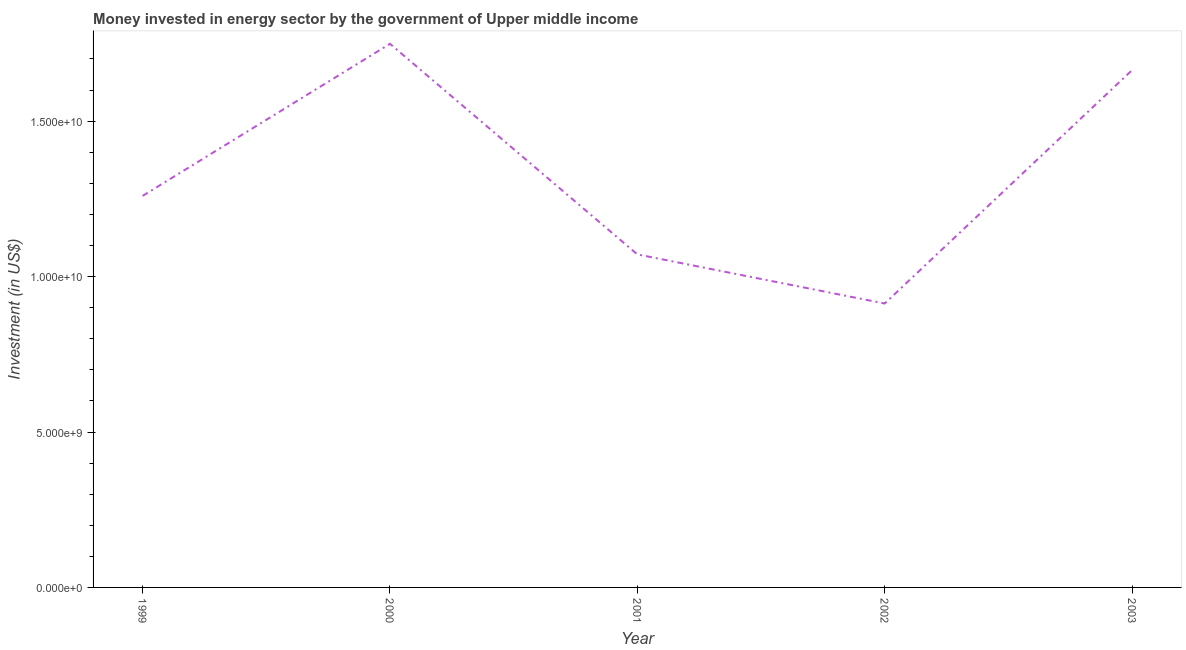
| Year | Investment in energy with private participation (current US$) |
 | --- | --- |
 | 1999 | 1.26e+10 |
 | 2000 | 1.75e+10 |
 | 2001 | 1.07e+10 |
 | 2002 | 9.13e+09 |
 | 2003 | 1.66e+10 |